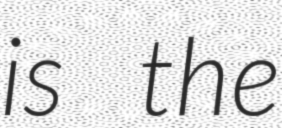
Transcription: is the